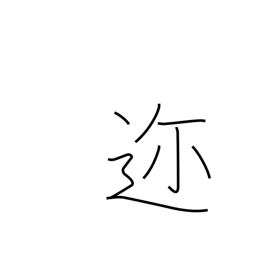
Meaning: near